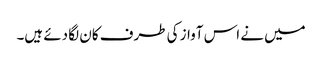
میں نے اس آواز کی طرف کان لگا دئے ہیں۔